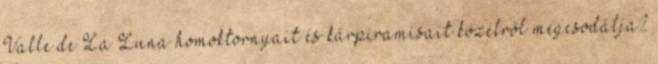
Valle de La Luna homoktornyait és kárpiramisait közelről megcsodálja?